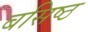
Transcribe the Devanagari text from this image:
बसिष्ठ